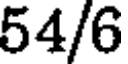
54/6